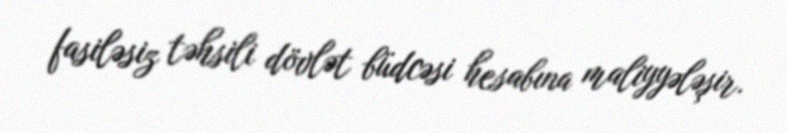
fasiləsiz təhsili dövlət büdcəsi hesabına maliyyələşir.